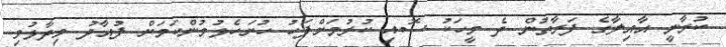
ކުރާނީ އާއިލާގެ ފަރާތުން ދެ މީހަކު ސޮއި ކުރުމަށްފަހު ހުށަހެޅުމުންކަމަށް ފުއާދު ވިދާޅުވި